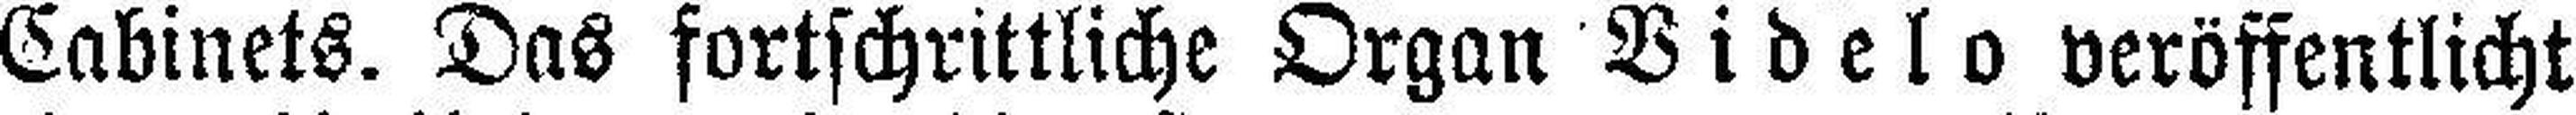
Cabinets. Das fortschrittliche Organ Videlo veröffentlicht